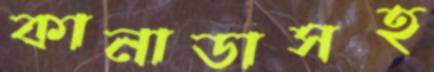
কানাডাসহ